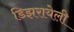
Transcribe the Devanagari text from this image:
डिझरायेली